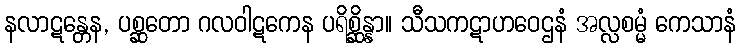
နလာဋန္တေန, ပစ္ဆတော ဂလဝါဋကေန ပရိစ္ဆိန္နာ။ သီသကဋာဟဝေဌနံ အလ္လစမ္မံ ကေသာနံ